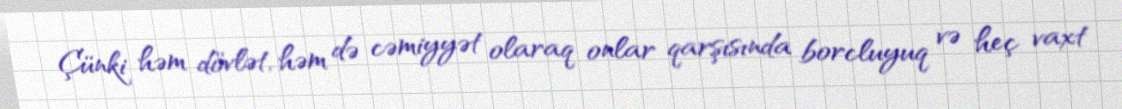
Çünki həm dövlət, həm də cəmiyyət olaraq onlar qarşısında borcluyuq və heç vaxt